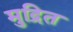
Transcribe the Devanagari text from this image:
मुद्रित